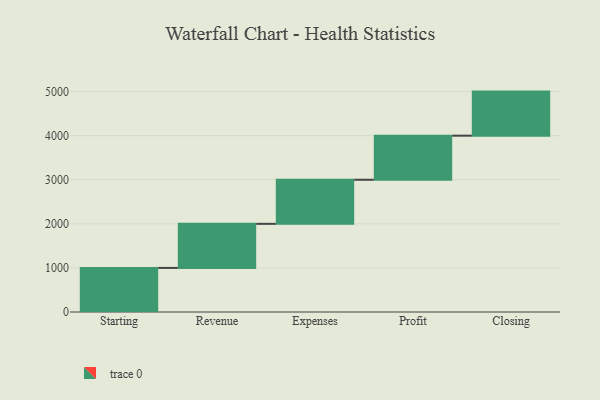
{"axis": {"x": "Step", "y": "Value"}, "legend": [""], "data": [{"x": "Starting", "y": 1000, "type": ""}, {"x": "Revenue", "y": 1000, "type": ""}, {"x": "Expenses", "y": 1000, "type": ""}, {"x": "Profit", "y": 1000, "type": ""}, {"x": "Closing", "y": 1000, "type": ""}]}